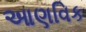
આણવિક